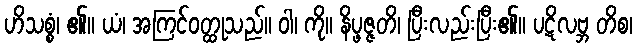
ဟိသစ္စံ၊ ၏။ ယံ၊ အကြင်ဝတ္ထုသည်။ ဝါ၊ ကို။ နိပ္ဖဇ္ဇတိ၊ ပြီးလည်းပြီး၏။ ပဋိလဗ္ဘ တိစ၊